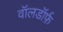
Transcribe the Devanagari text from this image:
वॉलडॉर्फ़